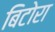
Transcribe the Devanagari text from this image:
बिटोरा